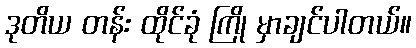
ဒုတိယ တန်း ထိုင်ခုံ ကြို မှာချင်ပါတယ်။